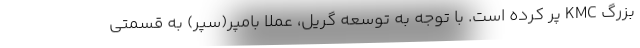
بزرگ KMC پر کرده است. با توجه به توسعه گریل، عملا بامپر(سپر) به قسمتی